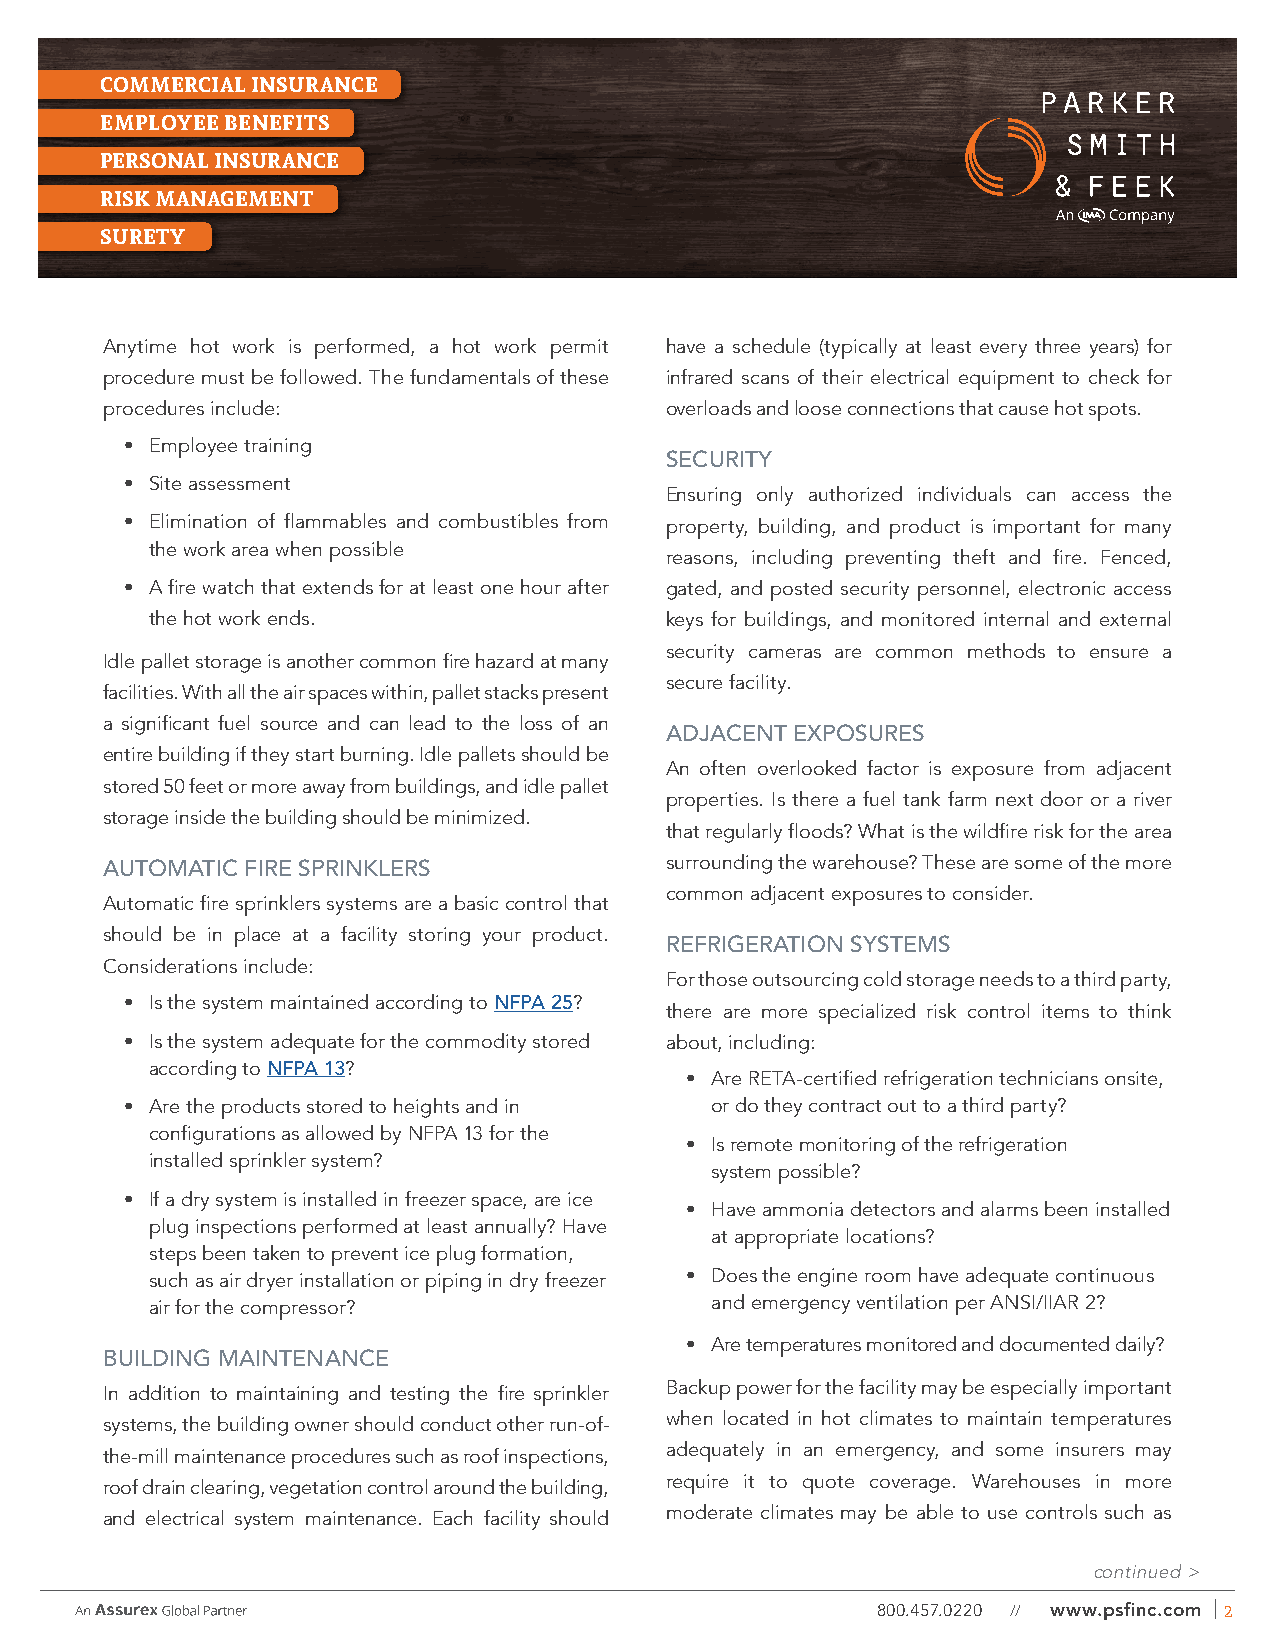
COMMERCIAL INSURANCE
 EMPLOYEE BENEFITS
 PERSONAL INSURANCE
 RISK MANAGEMENT
 SURETY
 Anytime hot work is performed, a hot work permit have a schedule (typically at least every three years) for
 procedure must be followed. The fundamentals of these infrared scans of their electrical equipment to check for
 procedures include:                  overloads and loose connections that cause hot spots.
 • Employee training
 SECURITY
 • Site assessment
 Ensuring only authorized individuals can access the
 • Elimination of flammables and combustibles from property, building, and product is important for many
 the work area when possible
 reasons, including preventing theft and fire. Fenced,
 • A fire watch that extends for at least one hour after gated, and posted security personnel, electronic access
 the hot work ends.                keys for buildings, and monitored internal and external
 security cameras are common methods to ensure a
 Idle pallet storage is another common fire hazard at many
 secure facility.
 facilities. With all the air spaces within, pallet stacks present
 a significant fuel source and can lead to the loss of an
 ADJACENT EXPOSURES
 entire building if they start burning. Idle pallets should be
 An often overlooked factor is exposure from adjacent
 stored 50 feet or more away from buildings, and idle pallet
 properties. Is there a fuel tank farm next door or a river
 storage inside the building should be minimized.
 that regularly floods? What is the wildfire risk for the area
 AUTOMATIC FIRE SPRINKLERS            surrounding the warehouse? These are some of the more
 common adjacent exposures to consider.
 Automatic fire sprinklers systems are a basic control that
 should be in place at a facility storing your product.
 REFRIGERATION SYSTEMS
 Considerations include:
 For those outsourcing cold storage needs to a third party,
 • Is the system maintained according to NFPA 25?
 there are more specialized risk control items to think
 • Is the system adequate for the commodity stored about, including:
 according to NFPA 13?
 • Are RETA-certified refrigeration technicians onsite,
 • Are the products stored to heights and in or do they contract out to a third party?
 configurations as allowed by NFPA 13 for the
 • Is remote monitoring of the refrigeration
 installed sprinkler system?
 system possible?
 • If a dry system is installed in freezer space, are ice
 • Have ammonia detectors and alarms been installed
 plug inspections performed at least annually? Have
 at appropriate locations?
 steps been taken to prevent ice plug formation,
 such as air dryer installation or piping in dry freezer • Does the engine room have adequate continuous
 air for the compressor?              and emergency ventilation per ANSI/IIAR 2?
 • Are temperatures monitored and documented daily?
 BUILDING MAINTENANCE
 In addition to maintaining and testing the fire sprinkler Backup power for the facility may be especially important
 systems, the building owner should conduct other run-of- when located in hot climates to maintain temperatures
 the-mill maintenance procedures such as roof inspections, adequately in an emergency, and some insurers may
 roof drain clearing, vegetation control around the building, require it to quote coverage. Warehouses in more
 and electrical system maintenance. Each facility should moderate climates may be able to use controls such as
 continued >
 800.457.0220 // www.psfinc.com 2